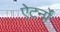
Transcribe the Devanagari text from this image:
ऐटर्नों